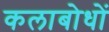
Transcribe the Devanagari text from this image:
कलाबोधों